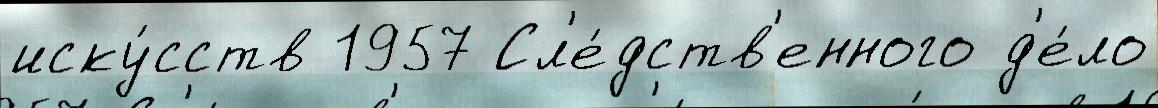
иску́сств 1957 Сл'е́дств'енного д'е́ло